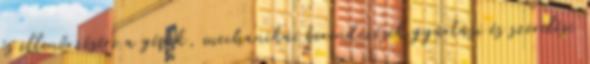
és ellenőrzésére a gépek, mechanikai berendezések gyártási és szerelési